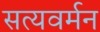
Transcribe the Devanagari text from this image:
सत्यवर्मन